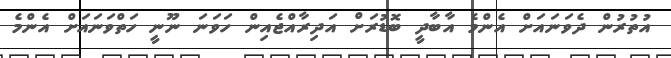
އުތުރުން ދެވަނައަށް އެންމެ އާބާދީ ބޮޑުރަށް އަދިރާއްޖެއިން ހަވަނަ ނޫނީ ހަތްވަނައަށް އެންމެ